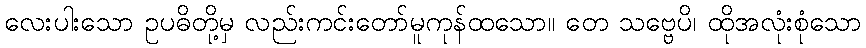
လေးပါးသော ဥပဓိတို့မှ လည်းကင်းတော်မူကုန်ထသော။ တေ သဗ္ဗေပိ၊ ထိုအလုံးစုံသော